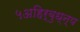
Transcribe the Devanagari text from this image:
५अहिर्बुध्न्य